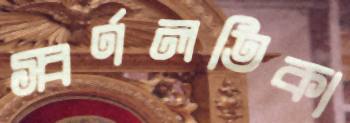
স্বর্ণলতিকা